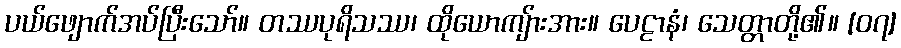
ပယ်ဖျောက်အပ်ပြီးသော်။ တဿပုရိသဿ၊ ထိုယောကျ်ားအား။ ပေဠာနံ၊ သေတ္တာတို့၏။ [၀၇]